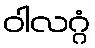
ဝါလဂ္ဂံ